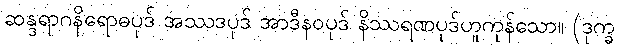
ဆန္ဒရာဂနိရောဓပုဒ် အဿဒပုဒ် အာဒီနဝပုဒ် နိဿရဏပုဒ်ဟူကုန်သော။ (ဒုက္ခ